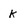
Character: k